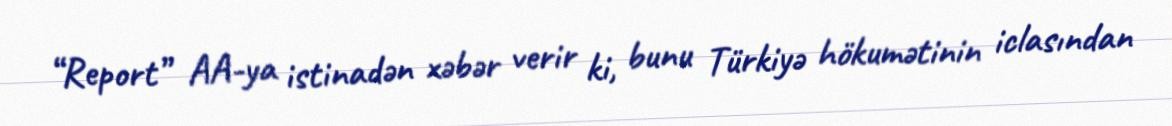
“Report” AA-ya istinadən xəbər verir ki, bunu Türkiyə hökumətinin iclasından